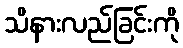
သိနားလည်ခြင်းကို